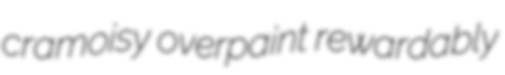
cramoisy overpaint rewardably